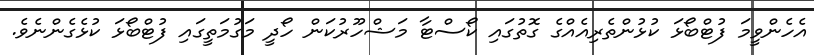
އެހެންވީމަ ފުޓްބޯޅަ ކުޅުންތެރިއެއްގެ ގޮތުގައި ކޯސްޓާ މަޝްހޫރުކަން ހޯދީ މަގުމަތީގައި ފުޓްބޯޅަ ކުޅެގެންނެވެ.